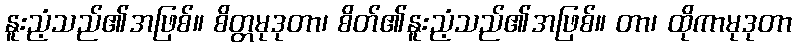
နူးညံ့သည်၏အဖြစ်။ စိတ္တမုဒုတာ၊ စိတ်၏နူးညံ့သည်၏အဖြစ်။ တာ၊ ထိုကာမုဒုတာ